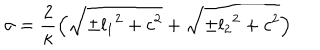
\sigma = \frac { 2 } { \kappa } \Bigl ( { \sqrt { { \pm } { l _ { 1 } } ^ { 2 } + c ^ { 2 } } } + { \sqrt { { \pm } { l _ { 2 } } ^ { 2 } + c ^ { 2 } } } \Bigr )